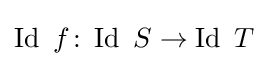
\operatorname {Id} \ f\colon \operatorname {Id} \ S\to \operatorname {Id} \ T